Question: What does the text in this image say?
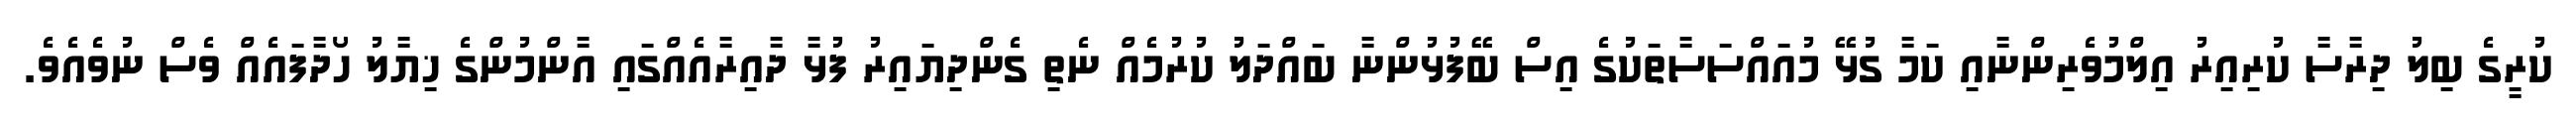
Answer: ކުރީގެ ބިލު ދިރާސާ ކުރިއިރު އިލްމުވެރިންނާއި ކަމާ ގުޅޭ މުއައްސަސާތަކުގެ އިސް ބޭފުޅުންނާ ބައްދަލު ކުރުމެއް ނެތި ގެންދިޔައިރު ފުޅާ ދާއިރާއެއްގައި އާންމުންގެ ޚިޔާލު ހޯދާފައެއް ވެސް ނުވެއެވެ.